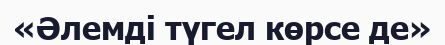
«Әлемді түгел көрсе де»